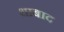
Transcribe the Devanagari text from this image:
थाबाद